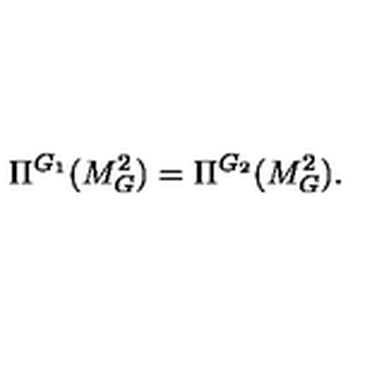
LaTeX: \Pi ^ { G _ { 1 } } ( M _ { G } ^ { 2 } ) = \Pi ^ { G _ { 2 } } ( M _ { G } ^ { 2 } ) .